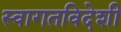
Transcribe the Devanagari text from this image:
स्वागतविदेशी